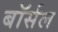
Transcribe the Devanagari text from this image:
बॉर्सल